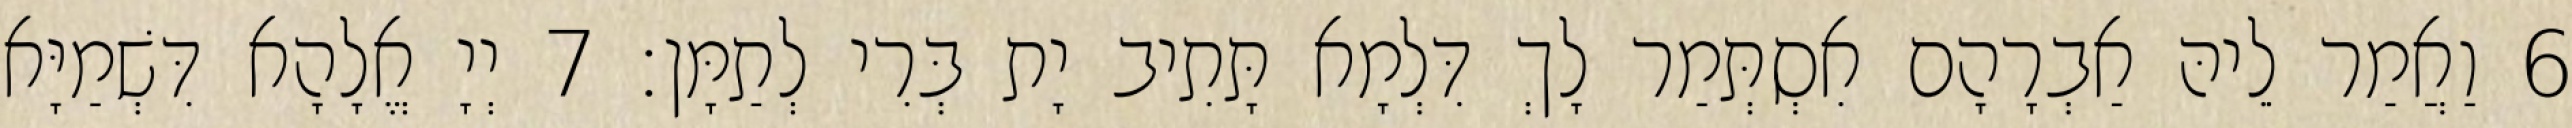
6 וַאֲמַר לֵיהּ אַבְרָהָם אִסְתְּמַר לָךְ דִּלְמָא תָּתִיב יָת בְּרִי לְתַמָּן׃ 7 יְיָ אֱלָהָא דִּשְׁמַיָּא